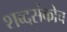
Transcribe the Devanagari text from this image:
शब्दसंकोच